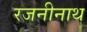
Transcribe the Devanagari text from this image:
रजनीनाथ